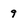
Character: 9